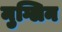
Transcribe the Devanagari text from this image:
मुग्लिन